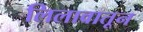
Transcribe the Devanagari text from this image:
लिलावातून